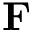
\mathbf { F }